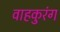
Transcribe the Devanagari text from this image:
वाहकुरंग